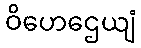
ဝိဟေဌေယျံ